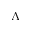
\Lambda